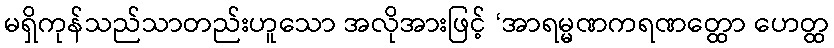
မရှိကုန်သည်သာတည်းဟူသော အလိုအားဖြင့် ‘အာရမ္မဏကရဏတ္ထော ဟေတ္ထ